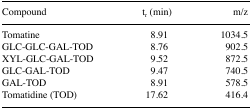
| Compound | tr (min) | m/z |
 | --- | --- | --- |
 | Tomatine | 8.91 | 1034.5 |
 | GLC-GLC-GAL-TOD | 8.76 | 902.5 |
 | XYL-GLC-GAL-TOD | 9.52 | 872.5 |
 | GLC-GAL-TOD | 9.47 | 740.5 |
 | GAL-TOD | 8.91 | 578.5 |
 | Tomatidine (TOD) | 17.62 | 416.4 |